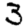
Digit: 3